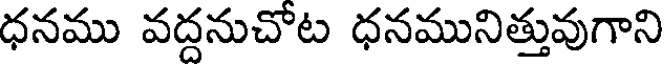
ధనము వద్దనుచోట ధనమునిత్తువుగాని